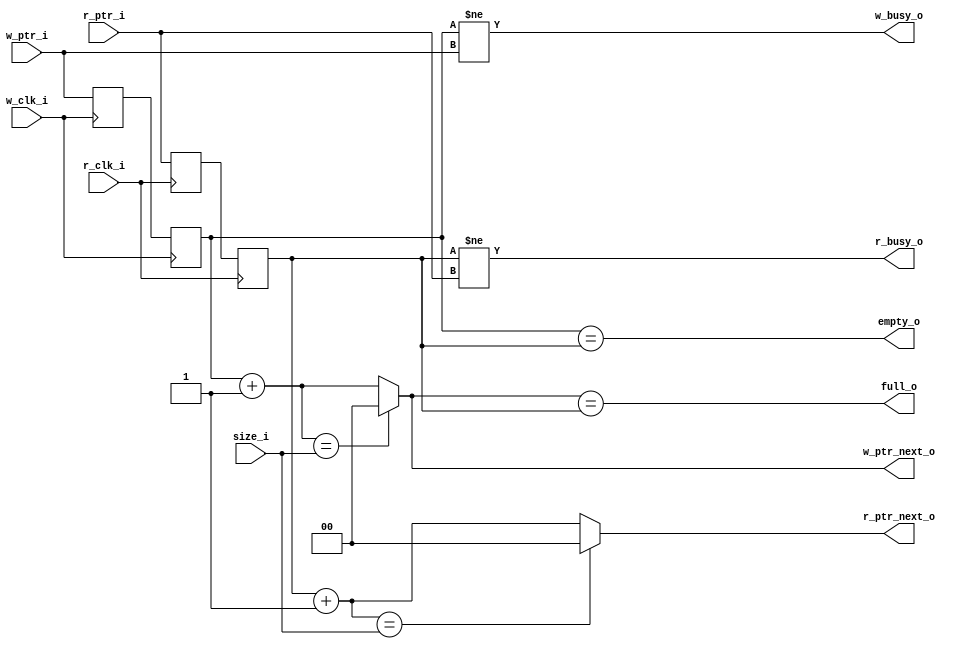
module fifoctrl_dualclk
  #(parameter width=1)
  (input [width:0] size_i,
   input [width:0] w_ptr_i,
   input [width:0] r_ptr_i,
   input w_clk_i,
   input r_clk_i,
   output full_o,
   output empty_o,
   output [width:0] w_ptr_next_o,
   output [width:0] r_ptr_next_o,
   output w_busy_o,
   output r_busy_o);

  wire [width:0] zero;
  wire [width:0] one;

  assign zero = {width+1{1'b0}};
  assign one = {{width{1'b0}}, 1'b1};

  reg  [width:0] w_ptr;
  wire [width:0] w_ptr_next;
  reg  [width:0] w_ptr_meta;

  reg  [width:0] r_ptr;
  wire [width:0] r_ptr_next;
  reg  [width:0] r_ptr_meta;

  assign full_o = (w_ptr_next_o == r_ptr);
  assign empty_o = (w_ptr == r_ptr);

  assign w_ptr_next = w_ptr + one;
  assign r_ptr_next = r_ptr + one;

  assign w_busy_o = (w_ptr != w_ptr_i);
  assign r_busy_o = (r_ptr != r_ptr_i);

  assign w_ptr_next_o = (w_ptr_next == size_i) ? zero : w_ptr_next;
  assign r_ptr_next_o = (r_ptr_next == size_i) ? zero : r_ptr_next;

  always @(posedge w_clk_i) begin
    w_ptr_meta <= w_ptr_i;
    w_ptr <= w_ptr_meta;
  end

  always @(posedge r_clk_i) begin
    r_ptr_meta <= r_ptr_i;
    r_ptr <= r_ptr_meta;
  end
endmodule